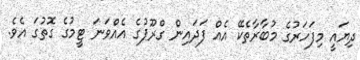
ދިޔައީ މިފަހަރުގެ މުބާރާތެކޭ އެއް ފަދައިން ގްރޫޕުގެ އެއްވަނަ ޓީމުގެ ގޮތުގަ އެވެ.